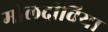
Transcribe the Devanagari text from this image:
मोलदीविया